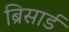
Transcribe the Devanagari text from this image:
ब्रिसार्ड